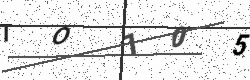
Text: TO105